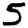
Digit: 5